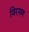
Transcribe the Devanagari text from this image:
विरमण